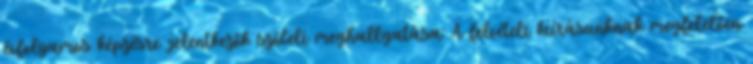
évfolyamos képzésre jelentkezők szóbeli meghallgatása: A felvételi kiírásunknak megfelelően